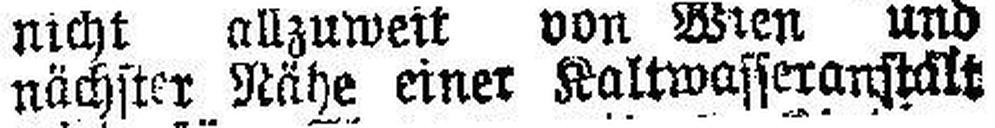
nächster Nähe einer Kaltwasseranstalt